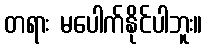
တရား မပေါက်နိုင်ပါဘူး။